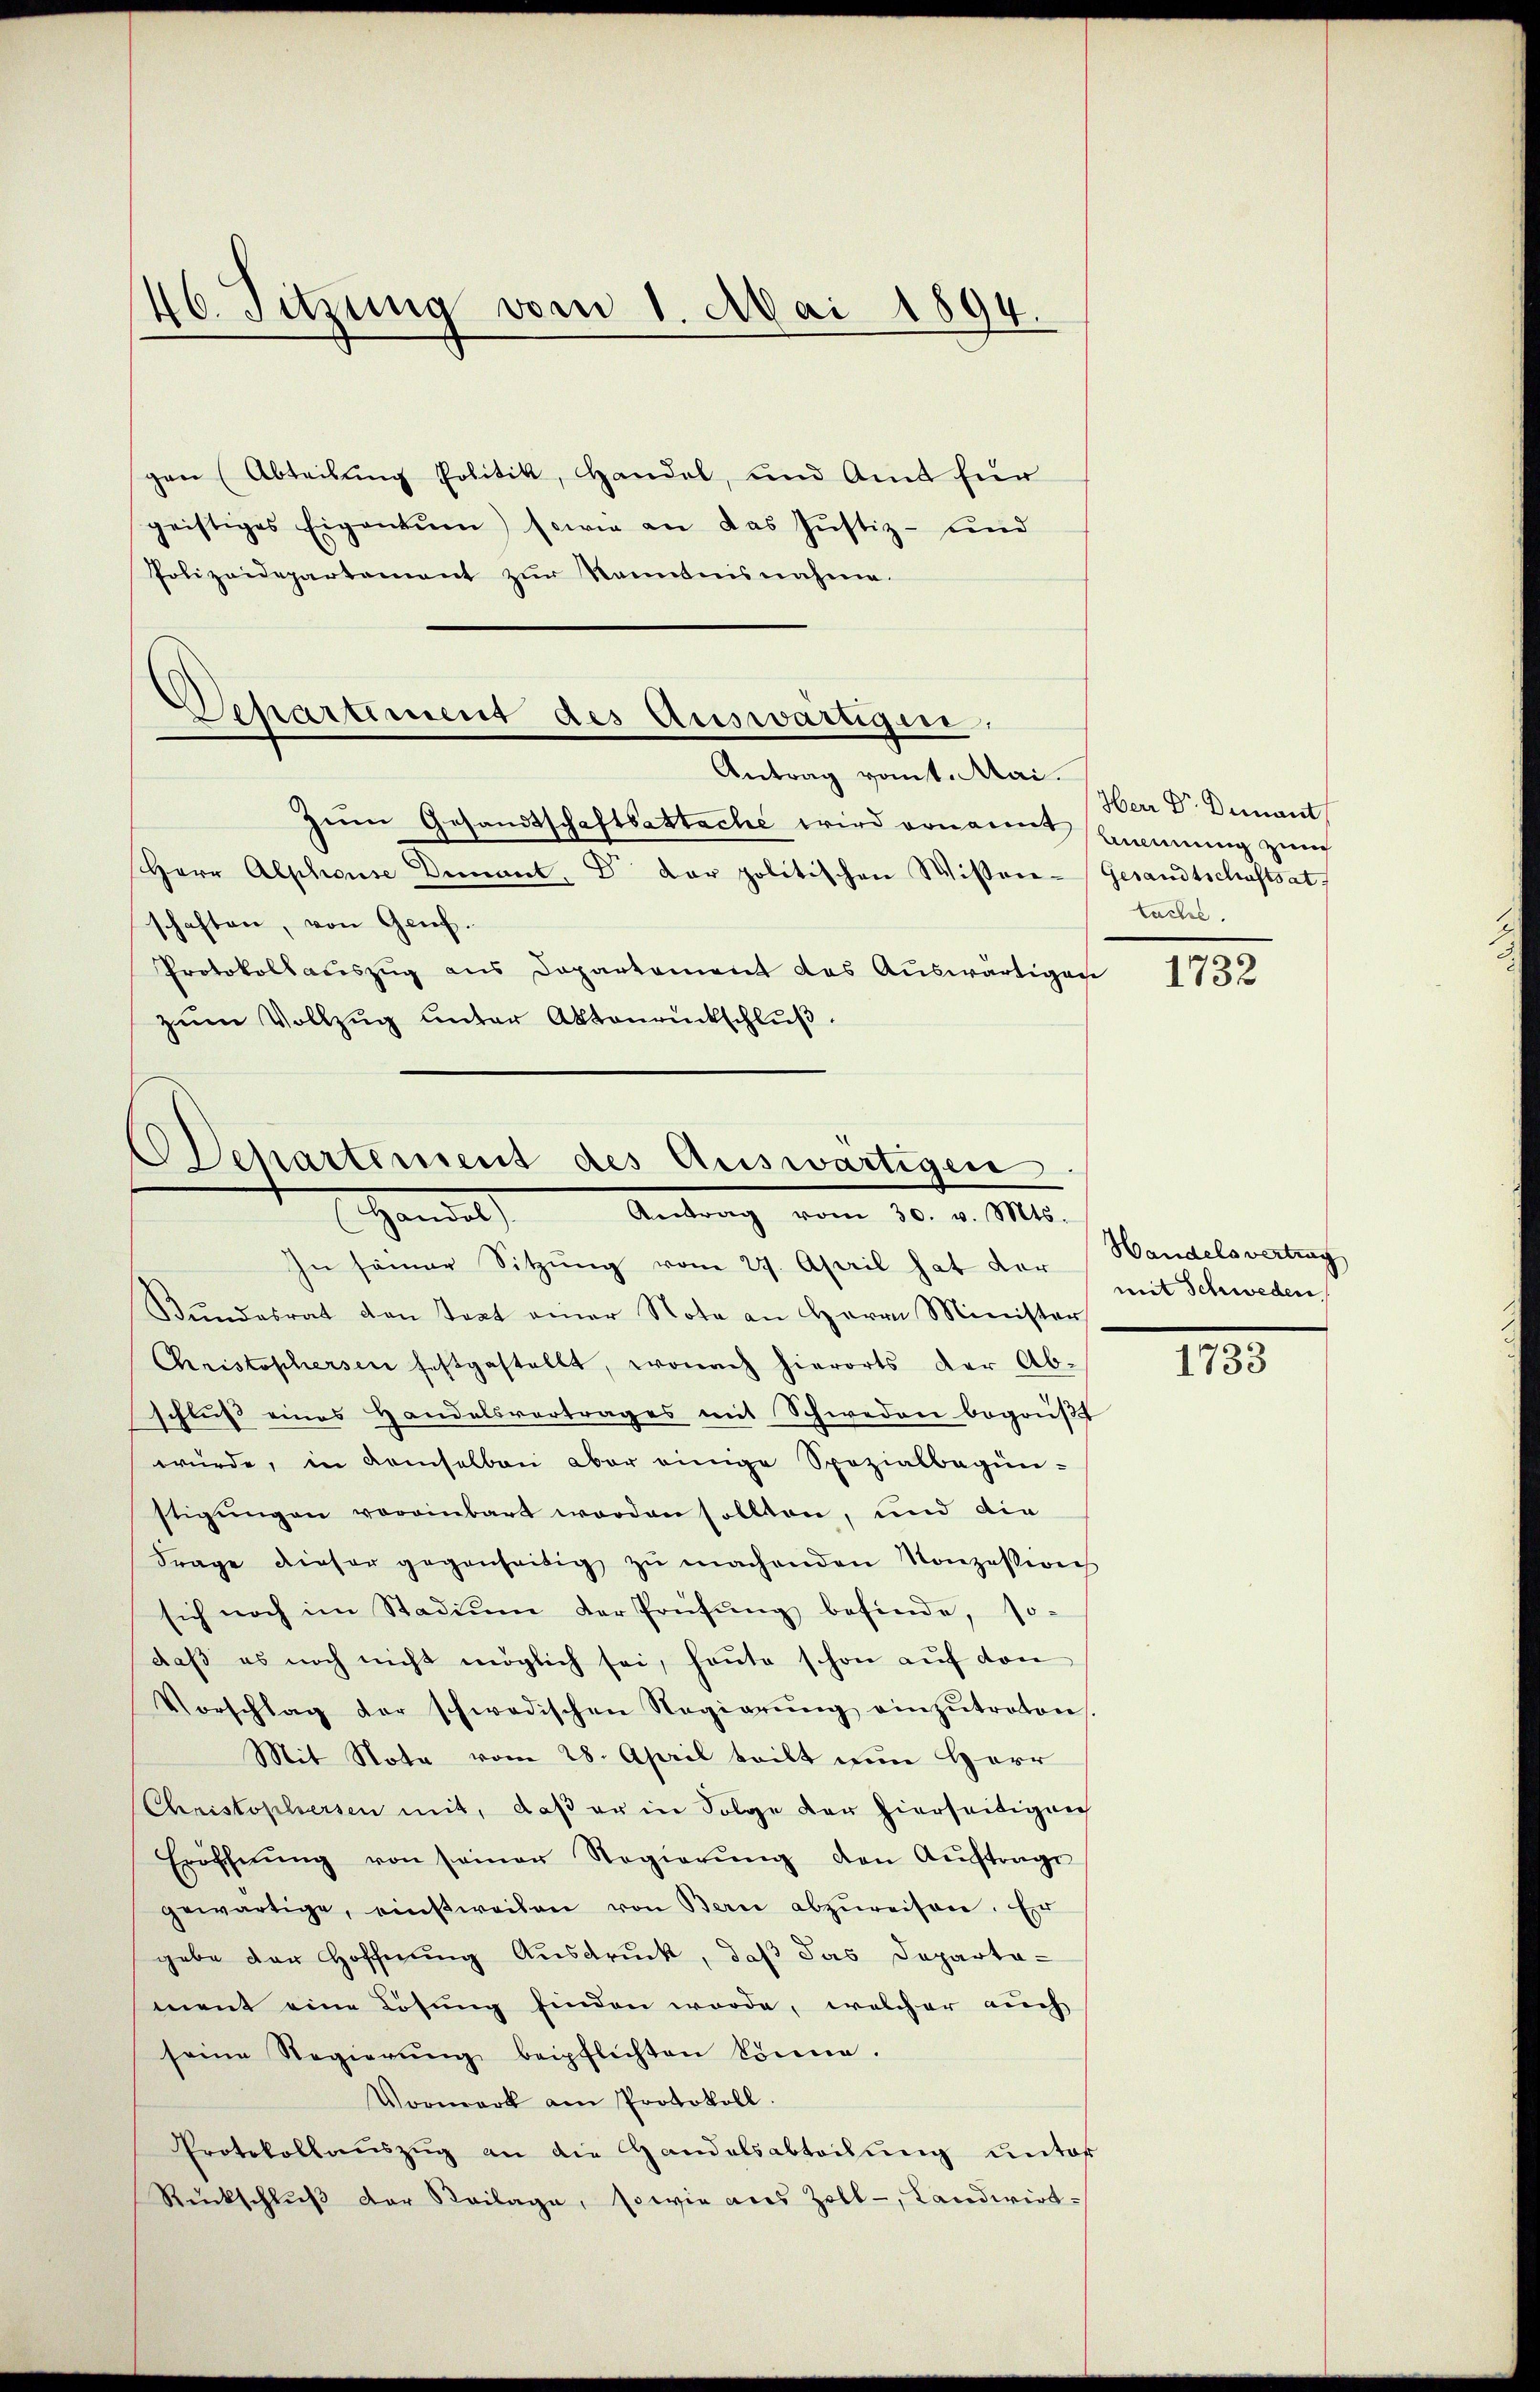
46. Sitzung vom 1. Mai 1894.

gen (Abteilung Politik, Handel, und Amt für
geistiges Eigentum) sowie an das Justiz- und
Polizeidepartement zŭr Kenntnisnahme.

Departement des Auswärtigen
Antrag vom 1. Mai.

Zum Gesandtschaftsattache wird ernannt manung zum
schaften, von Genf.
Protokollauszug aus Departement des Auswärtigen
zŭm Vollzŭg unter Aktenrückschlŭβ

Herr Alphonse Demant. Dr. der politischen Wissere Gesandtschaftsat

Dchartement des Auswärtigen
Handel
Antrag vom 30. v. Mts.

In seiner Sitzŭng vom 27. April hat der Handelsvertrag
Bŭndesrat den Text einer Note an Herrn Minister
Christophersen festgestellt, wonach hierorts der Ab-
schluß eines Handelsvertrages mit Schweden begrüßt
würde, in demselben aber einige Spezialbegün-
stigungen voreinbart worden sollten, und die
Frage dieser gegenseitig zŭ machenden Konzession
sich noch im Stadium der Prüfŭng befinde, so-
daβ es noch nicht möglich sei, heute schon aŭf den
Vorschlag der schwedischen Regierŭng einzŭtreten,
Mit Nota vom 28. April teilt nun Herr
(Christophersen mit, daß er in Folge der hierseitigen
Eröffnŭng von seiner Regierŭng den Aŭftrage
gewärtige, einstweilen von Bern abzŭreisen. Er
gabe der Hoffnung Ausdruck, daß das Departa-
ment eine Lösung finden werde, welcher auch
seine Regierŭng beipflichten könne.
Vormark am Protokoll.
Protokollauszug an die Handelsabteilung unter
Rückschlŭβ der Beilage, sowie aus Zoll-, Landwirt¬

Herr Dr. Demant
tache.

1732

mit Schweden
.

1733